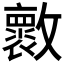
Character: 𣀩